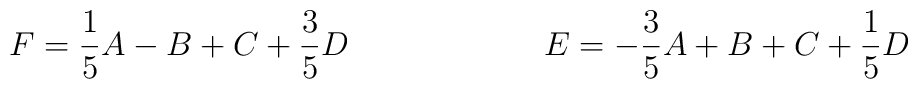
F= \frac{1}{5}A -B + C +\frac{3}{5} D \qquad \qquad  \qquad E= -\frac{3}{5}A + B + C +\frac{1}{5} D